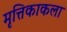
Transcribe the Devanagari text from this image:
मृत्तिकाकला